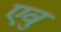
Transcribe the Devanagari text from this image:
एवु